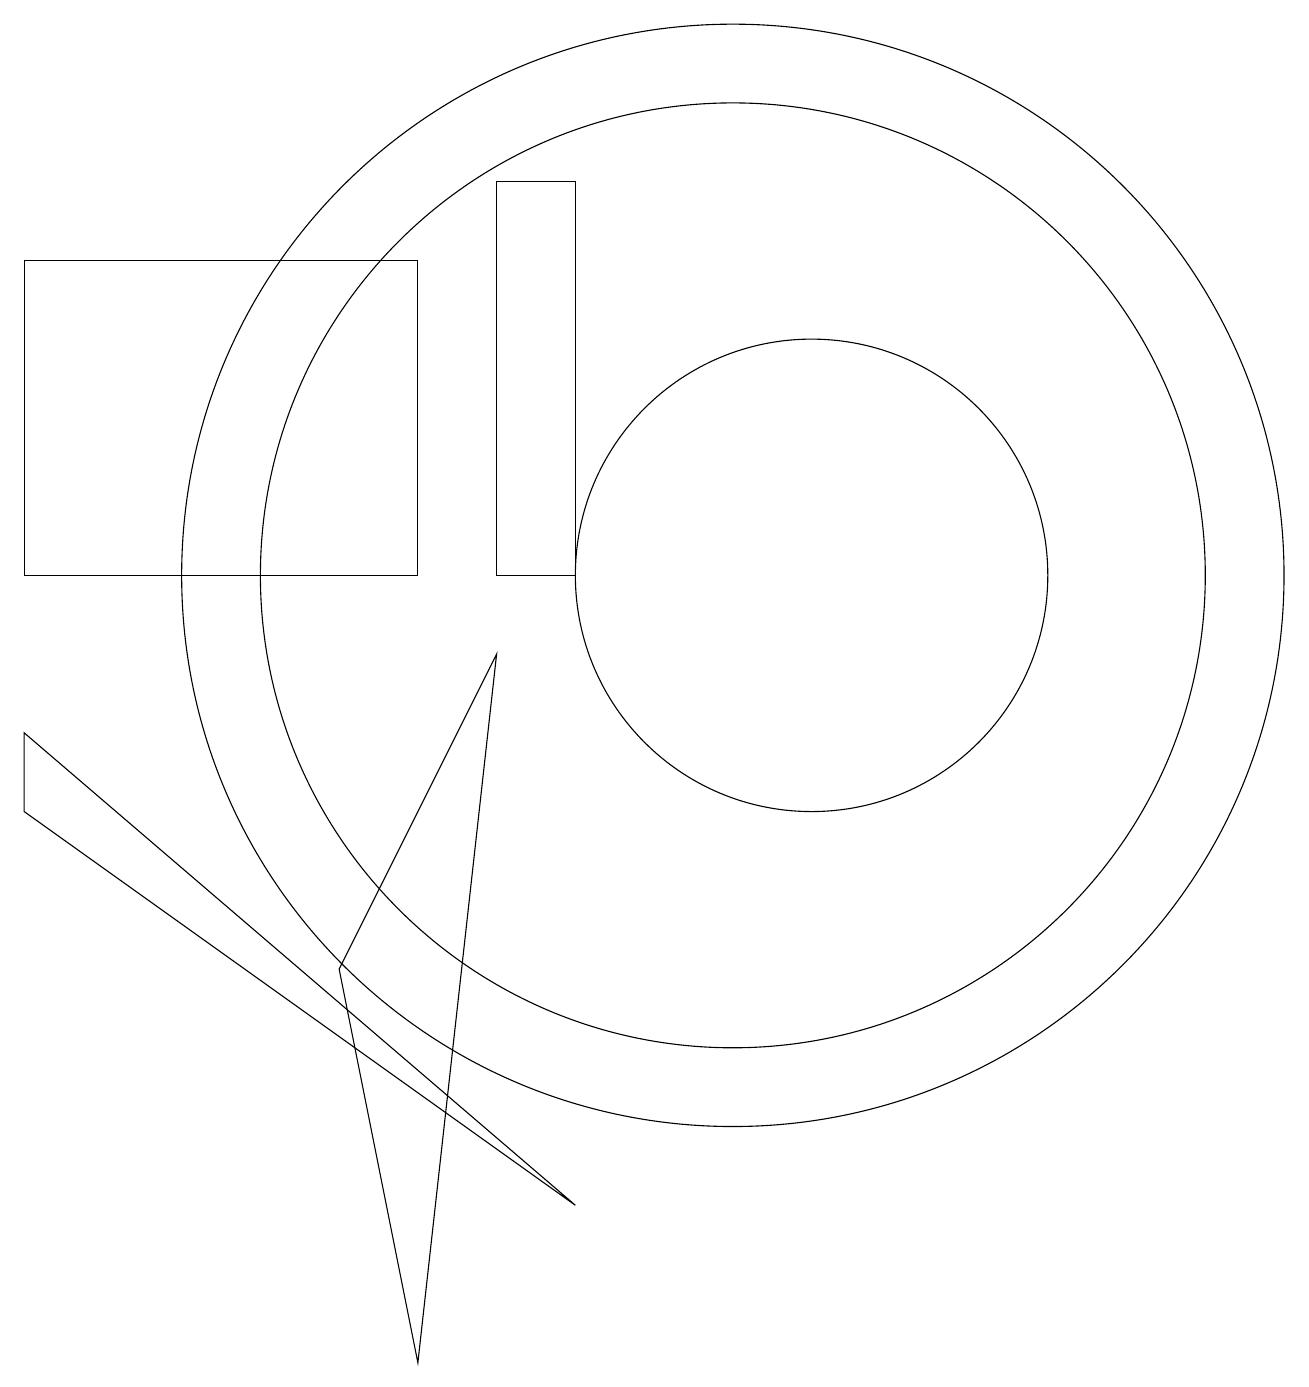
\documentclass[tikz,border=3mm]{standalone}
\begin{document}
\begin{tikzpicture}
\draw (1,7) -- (8,2) -- (1,8) -- cycle;
\draw (8,10) rectangle (7,15);
\draw (11,10) circle (3);
\draw (10,10) circle (7);
\draw (5,5) -- (7,9) -- (6,0) -- cycle;
\draw (6,10) rectangle (1,14);
\draw (10,10) circle (6);
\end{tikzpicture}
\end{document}